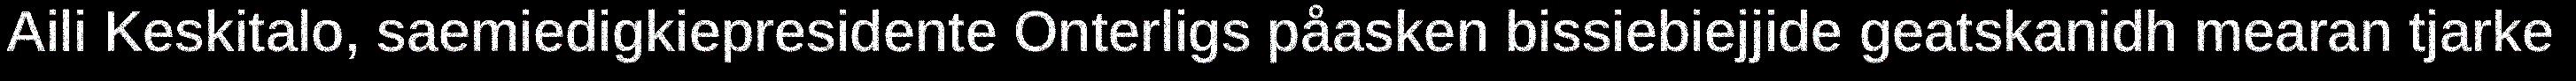
Aili Keskitalo, saemiedigkiepresidente Onterligs påasken bissiebiejjide geatskanidh mearan tjarke